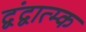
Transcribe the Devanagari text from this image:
द्वंद्वात्म्क